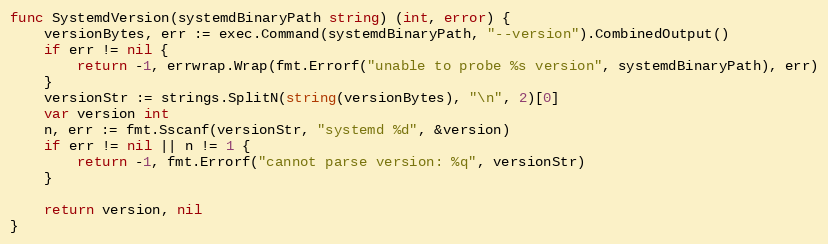
Language: Go
func SystemdVersion(systemdBinaryPath string) (int, error) {
	versionBytes, err := exec.Command(systemdBinaryPath, "--version").CombinedOutput()
	if err != nil {
		return -1, errwrap.Wrap(fmt.Errorf("unable to probe %s version", systemdBinaryPath), err)
	}
	versionStr := strings.SplitN(string(versionBytes), "\n", 2)[0]
	var version int
	n, err := fmt.Sscanf(versionStr, "systemd %d", &version)
	if err != nil || n != 1 {
		return -1, fmt.Errorf("cannot parse version: %q", versionStr)
	}

	return version, nil
}